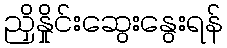
ညှိနှိုင်းဆွေးနွေးရန်